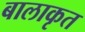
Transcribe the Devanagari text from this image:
बालाकृत